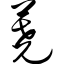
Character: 荛